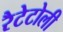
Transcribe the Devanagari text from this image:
रैटेटोली